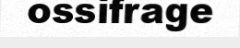
ossifrage